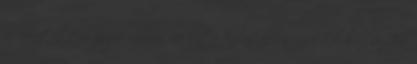
az érintettre nézve milyen várható következményekkel bír. 4 Ha